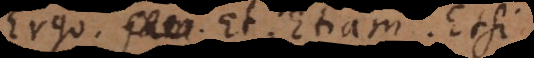
Ergo. Jam. Et. Etiam. Etsi.